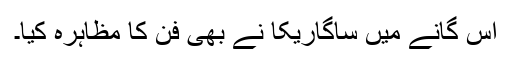
اس گانے میں ساگاریکا نے بھی فن کا مظاہرہ کیا۔